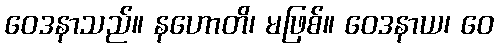
ဝေဒနာသည်။ နဟောတိ၊ မဖြစ်။ ဝေဒနာယ၊ ဝေ